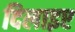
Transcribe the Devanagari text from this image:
दिलाइए